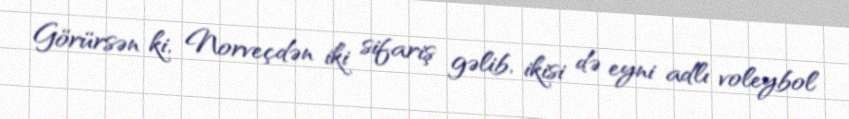
Görürsən ki, Norveçdən iki sifariş gəlib, ikisi də eyni adlı voleybol